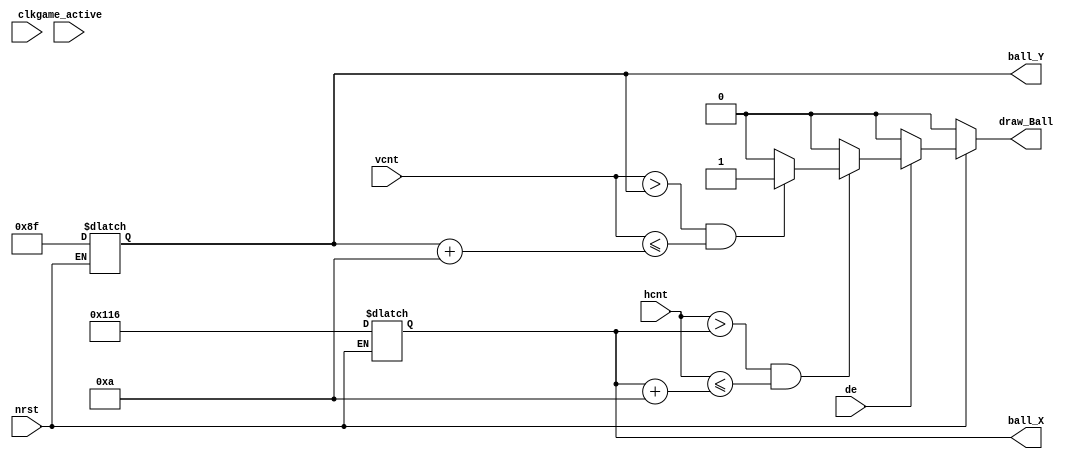
module ball_cltr 
#(
    parameter GAME_WIDTH = 480,
    parameter GAME_HEIGHT = 272,
    parameter BALL_SIZE = 10,
    parameter CORR_X = 43, // hDE = 44~523 High
    parameter CORR_Y = 12 // vDE = 13~284 High
)
(
    input clk,
    input nrst,
    input [9:0] vcnt,
    input [9:0] hcnt,
    input de,
    input game_active,
    output reg draw_Ball,
    output reg [8:0] ball_X,
    output reg [8:0] ball_Y
);

// Draw or Not
always@(de,hcnt,vcnt,nrst)
begin
    if(nrst == 1'd0)
    begin
        draw_Ball <= 1'd0;
        ball_X <= GAME_WIDTH / 2 - BALL_SIZE / 2 + CORR_X;       // 279
        ball_Y <= GAME_HEIGHT / 2 - BALL_SIZE / 2 + CORR_Y;     // 144
    end
    else if (de == 1'd1)              // Data is Valid
    begin
        if(hcnt > ball_X && hcnt <= ball_X + BALL_SIZE) // Ball X Location
        begin
            if (vcnt > ball_Y && vcnt <= ball_Y + BALL_SIZE) // Ball Y Location
                draw_Ball <= 1'd1;
            else 
                draw_Ball <= 1'd0;
        end
        else
            draw_Ball <= 1'd0;
    end
    else            // Data is Invalid
        draw_Ball <= 1'd0;
end

// Ball Moving Logic

endmodule